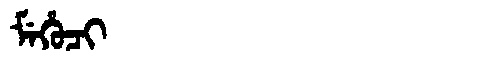
Manchu: ᠮᡝᡥᡠᠴᡳ
Romanization: MEHUCI